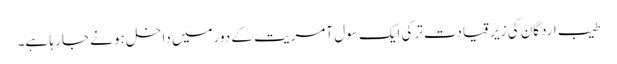
طیب اردگان کی زیر قیادت ترکی ایک سول آمریت کے دورمیں داخل ہو نے جا رہا ہے۔